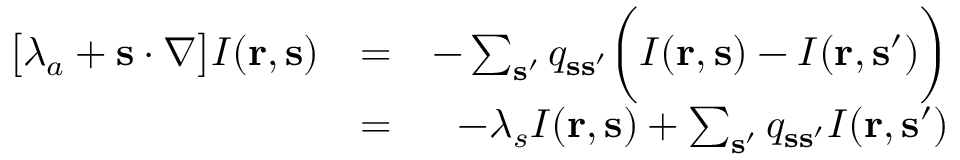
\begin{array} { r l r } { \big [ \lambda _ { a } + { \bf s } \cdot \nabla \big ] I ( { \bf r } , { \bf s } ) } & { = } & { - \sum _ { { \bf s } ^ { \prime } } q _ { { \bf s } { \bf s } ^ { \prime } } \bigg ( I ( { \bf r } , { \bf s } ) - I ( { \bf r } , { \bf s } ^ { \prime } ) \bigg ) } \\ & { = } & { - \lambda _ { s } I ( { \bf r } , { \bf s } ) + \sum _ { { \bf s } ^ { \prime } } q _ { { \bf s } { \bf s } ^ { \prime } } I ( { \bf r } , { \bf s } ^ { \prime } ) } \end{array}